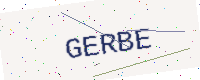
Text: GERBE